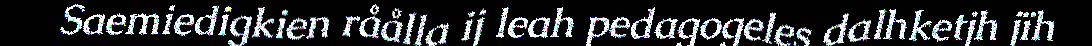
Saemiedigkien råålla ij leah pedagogeles dalhketjh jïh